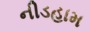
નીડહામ